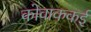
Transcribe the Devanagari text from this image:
कोवाककई